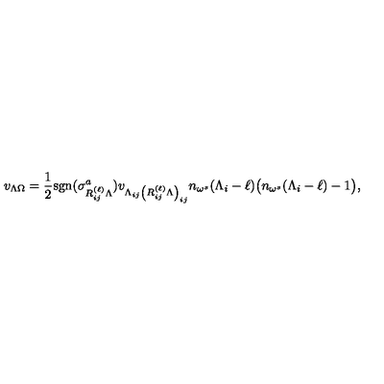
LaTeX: v _ { \Lambda \Omega } = \frac { 1 } { 2 } \mathrm { { s g n } } ( \sigma _ { R _ { i j } ^ { ( \ell ) } \Lambda } ^ { a } ) v _ { \Lambda _ { i j } \left( R _ { i j } ^ { ( \ell ) } \Lambda \right) _ { i j } } n _ { \omega ^ { s } } ( \Lambda _ { i } - \ell ) \bigl ( n _ { \omega ^ { s } } ( \Lambda _ { i } - \ell ) - 1 \bigr ) ,